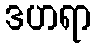
ဒဟရာ